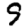
Digit: 9